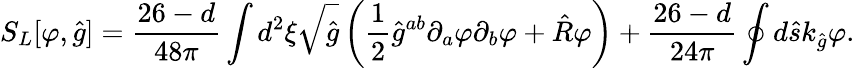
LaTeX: {S_{L}}[\varphi,\hat{g}]={\frac{26-d}{48\pi}}\int{d^{2}}\xi\sqrt{\hat{g}}\left({\frac{1}{2}}{\hat{g}^{ab}}{\partial_{a}}\varphi{\partial_{b}}\varphi+\hat{R}\varphi\right)+{\frac{26-d}{24\pi}}\oint{d}\hat{s}{k_{\hat{g}}}\varphi.